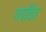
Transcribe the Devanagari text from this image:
गपचित